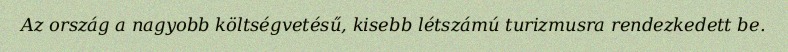
Az ország a nagyobb költségvetésű, kisebb létszámú turizmusra rendezkedett be.